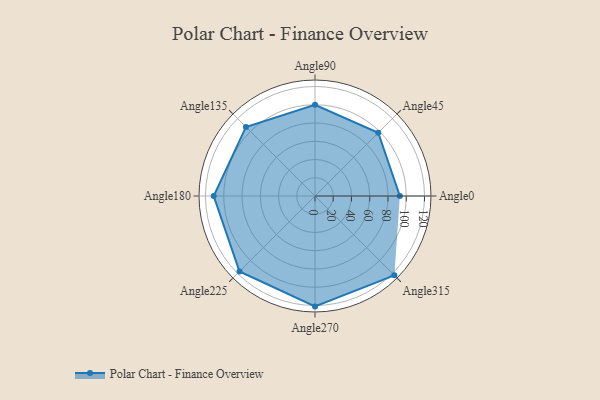
{"axis": {"x": "Angle", "y": "Radius"}, "legend": [""], "data": [{"x": "Angle0", "y": 93.0, "type": ""}, {"x": "Angle45", "y": 98.0, "type": ""}, {"x": "Angle90", "y": 100.0, "type": ""}, {"x": "Angle135", "y": 107.0, "type": ""}, {"x": "Angle180", "y": 111.0, "type": ""}, {"x": "Angle225", "y": 117.0, "type": ""}, {"x": "Angle270", "y": 121.0, "type": ""}, {"x": "Angle315", "y": 123.0, "type": ""}]}